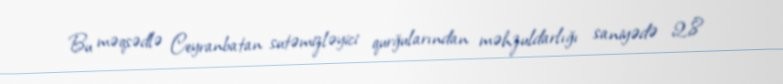
Bu məqsədlə Ceyranbatan sutəmizləyici qurğularından məhzuldarlığı saniyədə 2,8